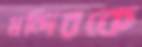
মন্দিরকে